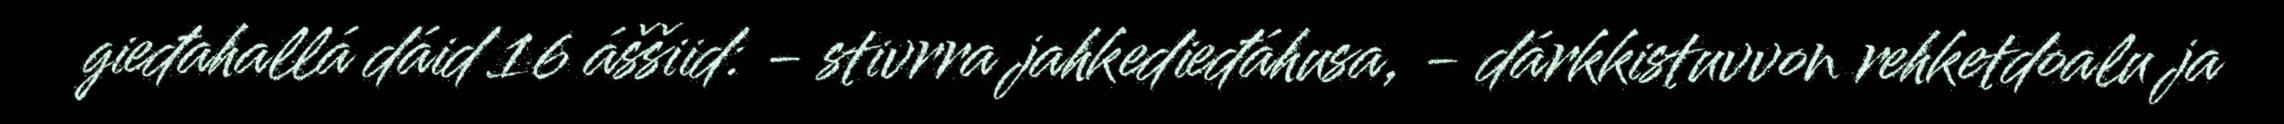
gieđahallá dáid 16 áššiid: - stivrra jahkedieđáhusa, - dárkkistuvvon rehketdoalu ja